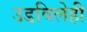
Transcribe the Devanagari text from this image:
उडविलेही